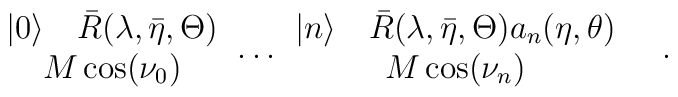
\begin{array}{c}|0\rangle \quad \bar{R}(\lambda ,\bar{\eta },\Theta )\\M\cos (\nu _{0})\end{array}\dots \begin{array}{c}|n\rangle \quad \bar{R}(\lambda ,\bar{\eta },\Theta )a_{n}(\eta ,\theta )\\M\cos (\nu _{n})\end{array}\quad .